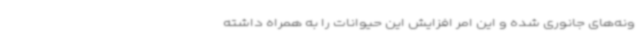
ونه‌های جانوری شده و این امر افزایش این حیوانات را به همراه داشته